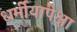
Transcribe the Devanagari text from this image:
धर्मीयांपेक्षा